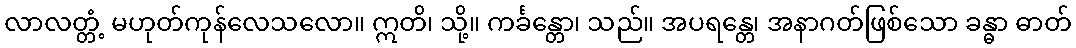
လာလတ္တံ့ မဟုတ်ကုန်လေသလော။ ဣတိ၊ သို့။ ကင်္ခန္တော၊ သည်။ အပရန္တေ၊ အနာဂတ်ဖြစ်သော ခန္ဓာ ဓာတ်